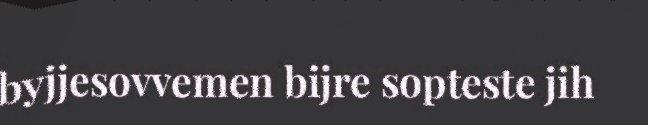
byjjesovvemen bijre sopteste jih